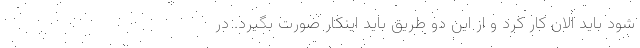
شود باید الان کار کرد و از این دو طریق باید اینکار صورت بگیرد. در